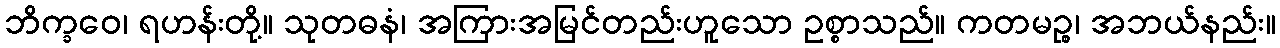
ဘိက္ခဝေ၊ ရဟန်းတို့။ သုတဓနံ၊ အကြားအမြင်တည်းဟူသော ဥစ္စာသည်။ ကတမဉ္စ၊ အဘယ်နည်း။